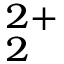
_ 2 ^ { 2 + }